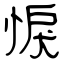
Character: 悷